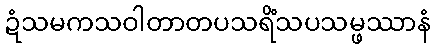
ဍံသမကသဝါတာတပသရိံသပသမ္ဖဿာနံ